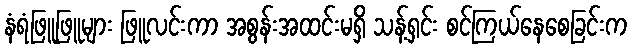
နံရံဖြူဖြူများ ဖြူလင်းကာ အစွန်းအထင်းမရှိ သန့်ရှင်း စင်ကြယ်နေစေခြင်းက